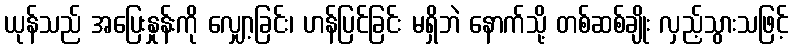
ယုန်သည် အပြေးနှုန်းကို လျှော့ခြင်း၊ ဟန်ပြင်ခြင်း မရှိဘဲ နောက်သို့ တစ်ဆစ်ချိုး လှည့်သွားသဖြင့်